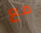
مع